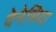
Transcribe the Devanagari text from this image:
वेनेसिया